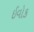
ઈવોક